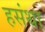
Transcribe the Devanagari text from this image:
हसंथा